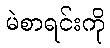
မဲစာရင်းကို